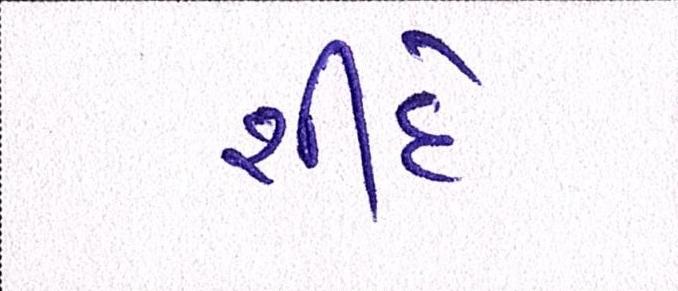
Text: શીંદે